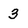
Character: 3